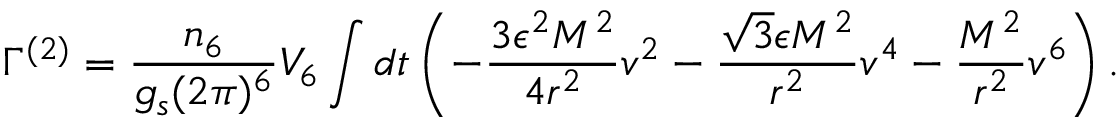
\Gamma ^ { ( 2 ) } = \frac { n _ { 6 } } { g _ { s } ( 2 \pi ) ^ { 6 } } V _ { 6 } \int d t \left( - \frac { 3 \epsilon ^ { 2 } M ^ { 2 } } { 4 r ^ { 2 } } v ^ { 2 } - \frac { \sqrt { 3 } \epsilon M ^ { 2 } } { r ^ { 2 } } v ^ { 4 } - \frac { M ^ { 2 } } { r ^ { 2 } } v ^ { 6 } \right) .